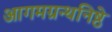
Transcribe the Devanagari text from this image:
आगमग्रन्थनिष्ठे